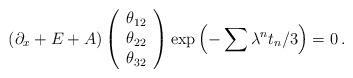
LaTeX: \begin{align*}\left( \partial_x + E +A\right) \left(\begin{array}{c} \theta_{12}\\ \theta_{22}\\ \theta_{32} \end{array} \right)\exp \left(-\sum \lambda^{n} t_n/3\right) =0\, .\end{align*}